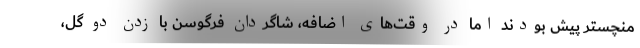
منچستر پیش بودند اما در وقت‌های اضافه، شاگردان فرگوسن با زدن دو گل،